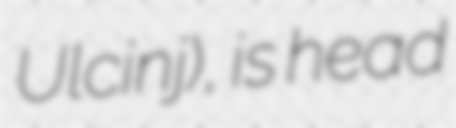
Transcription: Ulcinj), is head